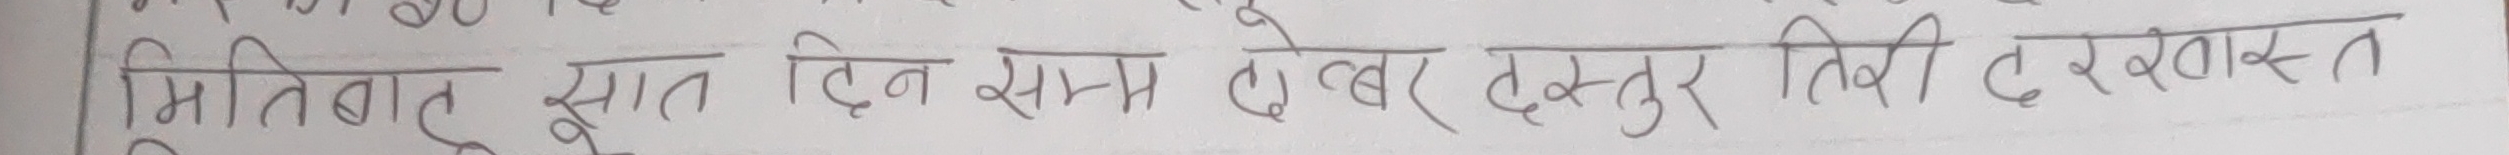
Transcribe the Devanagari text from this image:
मितिबाटु सात दिन सम्म एत्बर दस्तुर तिरी दरखास्त